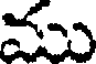
ము